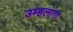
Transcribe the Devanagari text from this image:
उम्हलांगा